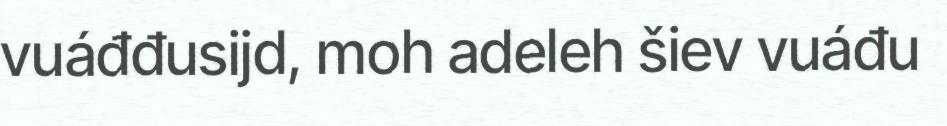
vuáđđusijd, moh adeleh šiev vuáđu